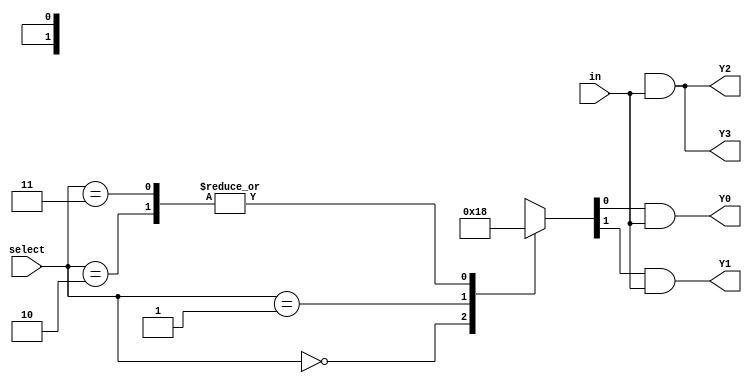
module demultiplexer (
    input [1:0] select,
    input in,
    output reg Y0,
    output reg Y1,
    output reg Y2,
    output reg Y3
);

reg [1:0] decoder_out;

// Decoder logic
always @(*)
begin
    case(select)
        2'b00: decoder_out = 2'b0001;
        2'b01: decoder_out = 2'b0010;
        2'b10: decoder_out = 2'b0100;
        2'b11: decoder_out = 2'b1000;
    endcase
end

// Multiplexer logic
always @(select or in)
begin
    Y0 = (decoder_out[0] & in);
    Y1 = (decoder_out[1] & in);
    Y2 = (decoder_out[2] & in);
    Y3 = (decoder_out[3] & in);
end

endmodule